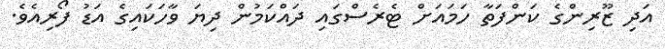
އަދި ޒޫރިންގެ ކަންފަތާ ހަމައަށް ޓެރެސްގައި ދައްކަމުން ދިޔަ ވާހަކައިގެ އަޑު ފޯރިއެވެ.